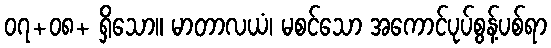
၀၇+၀၈+ ရှိသော။ မာတာလယံ၊ မစင်သော အကောင်ပုပ်စွန့်ပစ်ရာ